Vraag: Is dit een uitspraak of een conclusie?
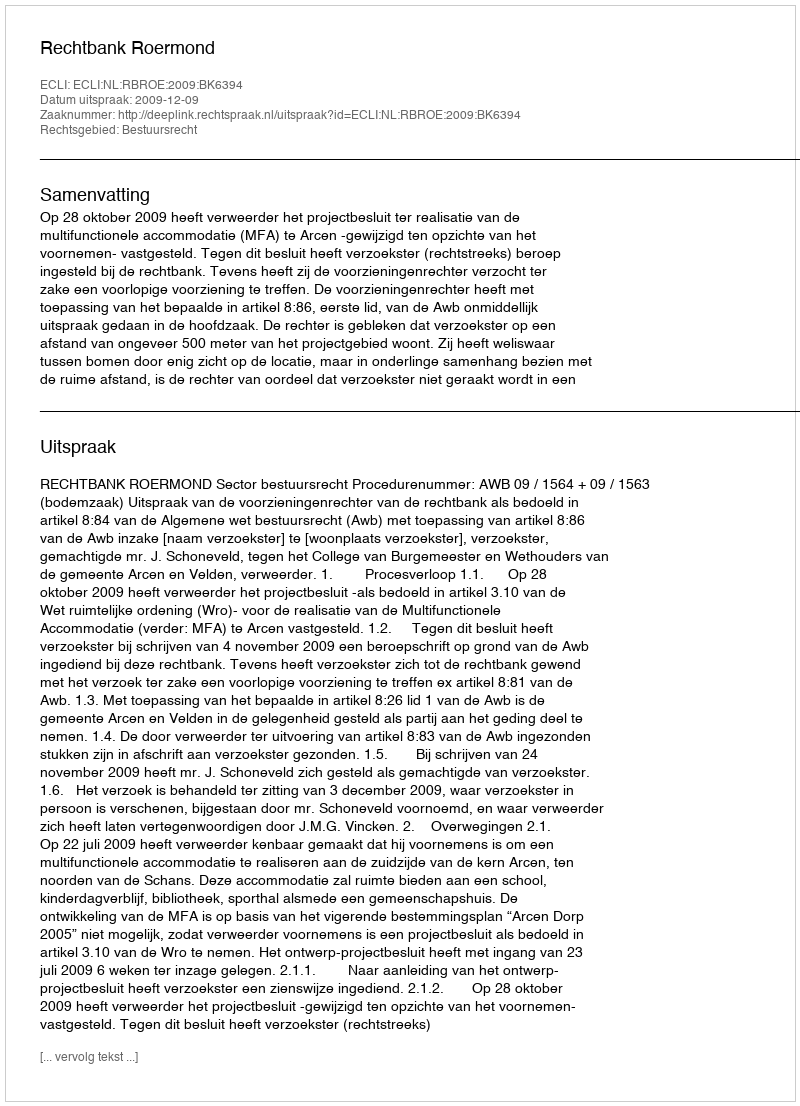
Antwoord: Uitspraak